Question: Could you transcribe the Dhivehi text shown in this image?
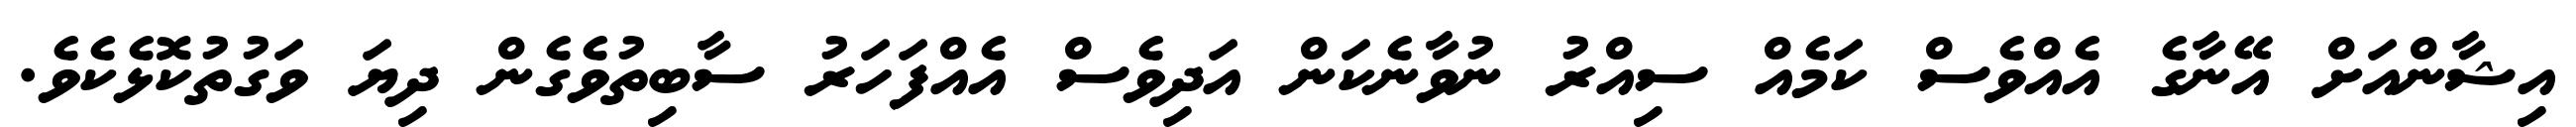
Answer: އިޝާންއަށް އޭނާގެ އެއްވެސް ކަމެއް ސިއްރު ނުވާނެކަން އަދިވެސް އެއްފަހަރު ސާބިތުވެގެން ދިޔަ ވަގުތުކޮޅެކެވެ.